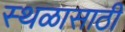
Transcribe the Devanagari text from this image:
स्थळासाठी